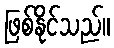
ဖြစ်နိုင်သည်။